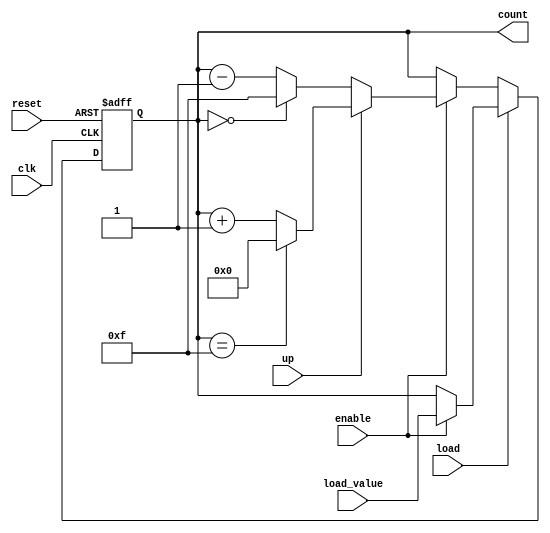
module synchronous_counter (
    input wire clk,            // Clock input
    input wire reset,          // Asynchronous reset
    input wire enable,         // Enable signal
    input wire load,           // Load signal
    input wire up,             // Counting direction (1: up, 0: down)
    input wire [N-1:0] load_value, // Value to load when load is asserted
    output reg [N-1:0] count   // Current count value
);
    parameter N = 4;           // Bit width of the counter (can be adjusted)

    always @(posedge clk or posedge reset) begin
        if (reset) begin
            count <= 0;        // Reset the count to 0
        end else if (load) begin
            if (enable) begin
                count <= load_value; // Load the predefined value
            end
        end else if (enable) begin
            if (up) begin
                if (count == (2**N - 1)) // Check for overflow
                    count <= 0;        // Wrap around to 0
                else
                    count <= count + 1; // Increment count
            end else begin
                if (count == 0)         // Check for underflow
                    count <= (2**N - 1); // Wrap around to max value
                else
                    count <= count - 1; // Decrement count
            end
        end
    end
endmodule